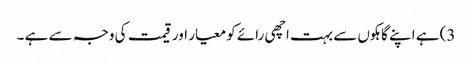
3) ہے اپنے گاہکوں سے بہت اچھی رائے کو معیار اور قیمت کی وجہ سے ہے ۔